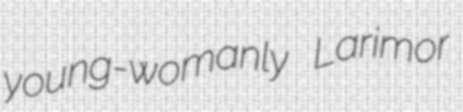
young-womanly Larimor